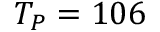
T _ { P } = 1 0 6